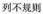
列不规